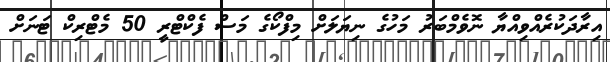
އިރާދަކުރެއްވިއްޔާ ނޮވެމްބަރު މަހުގެ ނިޔަލަށް މިފްކޯގެ މަސް ފެކްޓްރީ 50 މެޓްރިކް ޓަނަށް